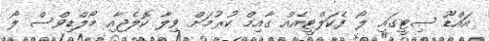
އައްޑޫ ސިޓީގައި ލޯ ފެކަލްޓީއެއް ގާއިމް ކުރުމަށް ވިލާ ކޮލެޖާއި މޯލްޑިވްސް ލޯ